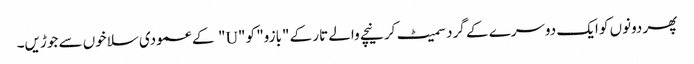
پھر دونوں کو ایک دوسرے کے گرد سمیٹ کر نیچے والے تار کے "بازو" کو "U" کے عمودی سلاخوں سے جوڑیں۔